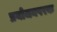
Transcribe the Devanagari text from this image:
प्रयोजनपरक